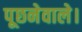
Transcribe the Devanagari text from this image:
पूछनेवाले।